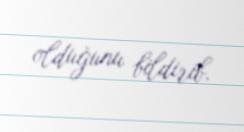
olduğunu bildirib.